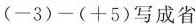
$$(-3)-(+5)$$写成省